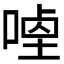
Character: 𭉣